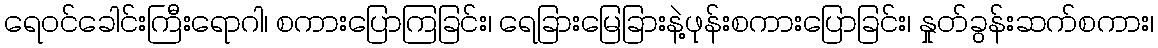
ရေဝင်ခေါင်းကြီးရောဂါ၊ စကားပြောကြခြင်း၊ ရေခြားမြေခြားနဲ့ဖုန်းစကားပြောခြင်း၊ နှုတ်ခွန်းဆက်စကား၊